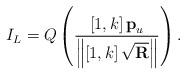
LaTeX: \begin{align*}{I_L} = Q\left( {\frac{{\left[ {1,k} \right]{{\textbf{p}}_u}}}{{\left\| {\left[ {1,k} \right]\sqrt {\textbf{R}} } \right\|}}} \right).\end{align*}